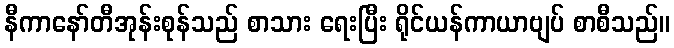
နီကာနော်တီအုန်းစုန်သည် စာသား ရေးပြီး ရိုင်ယန်ကာယာဗျပ် စာစီသည်။